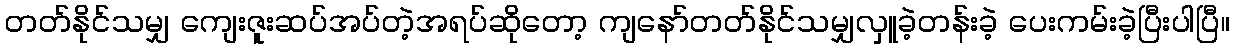
တတ်နိုင်သမျှ ကျေးဇူးဆပ်အပ်တဲ့အရပ်ဆိုတော့ ကျနော်တတ်နိုင်သမျှလှူခဲ့တန်းခဲ့ ပေးကမ်းခဲ့ပြီးပါပြီ။